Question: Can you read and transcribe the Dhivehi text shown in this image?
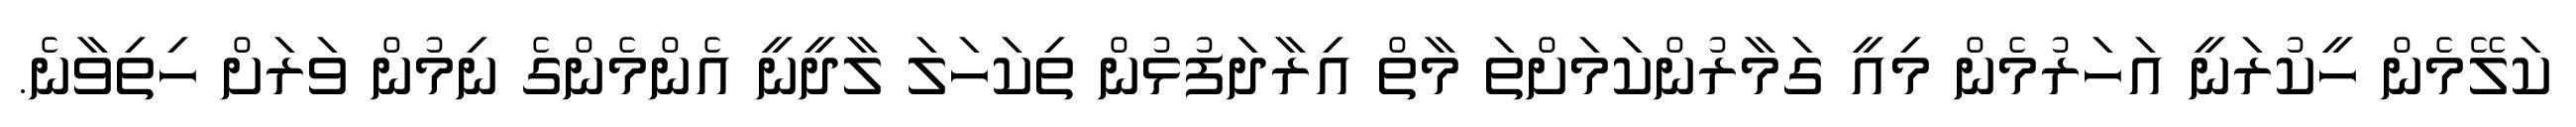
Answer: ކަލޭމެން ހީކުރަނީ އަހަރުމެން މިއީ ގަމާރުންކަމަށްތަ މާތް އިރާދަފުޅުން ތިކަހަލަ ލާދީނީ އެންމެންގެ ނިމުން ވަރަށް ހިތިވާނެ.